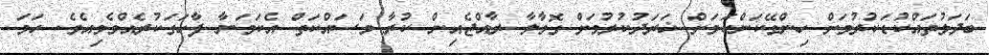
ބަދަލުތައްކުޑަކުރުމަށް ހިންގޭކަންކަމަށް ޚަރަދުކުރުމަށް ގޮވާލާ ރާއްޖެއިން ކުރާ މަސައްކަތް އެކަމަނާ ފާހަގަކުރެއްވެވިއެވެ. ހަމަ